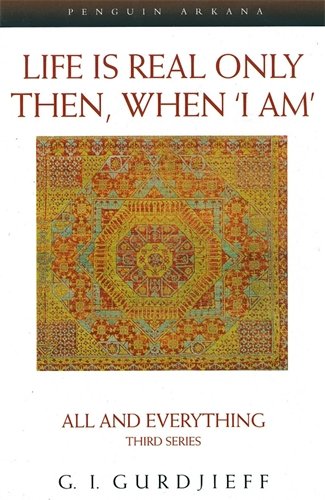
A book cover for Life Is Real Only Then, When I Am (Compass); G. I. Gurdjieff; Biographies & Memoirs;